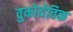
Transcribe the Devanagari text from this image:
वुकोयेविक